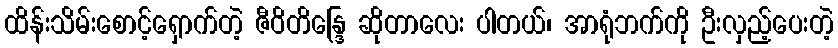
ထိန်းသိမ်းစောင့်ရှောက်တဲ့ ဇီဝိတိန္ဒြေ ဆိုတာလေး ပါတယ်၊ အာရုံဘက်ကို ဦးလှည့်ပေးတဲ့